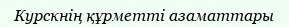
Курскнің құрметті азаматтары